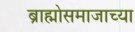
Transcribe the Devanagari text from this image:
ब्राह्मोसमाजाच्या